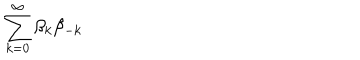
LaTeX: \sum _ { k = 0 } ^ { \infty } \beta _ { k } \beta _ { - k }